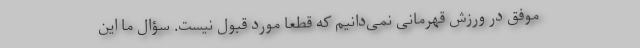
موفق در ورزش قهرمانی نمی‌دانیم که قطعاً مورد قبول نیست. سؤال ما این